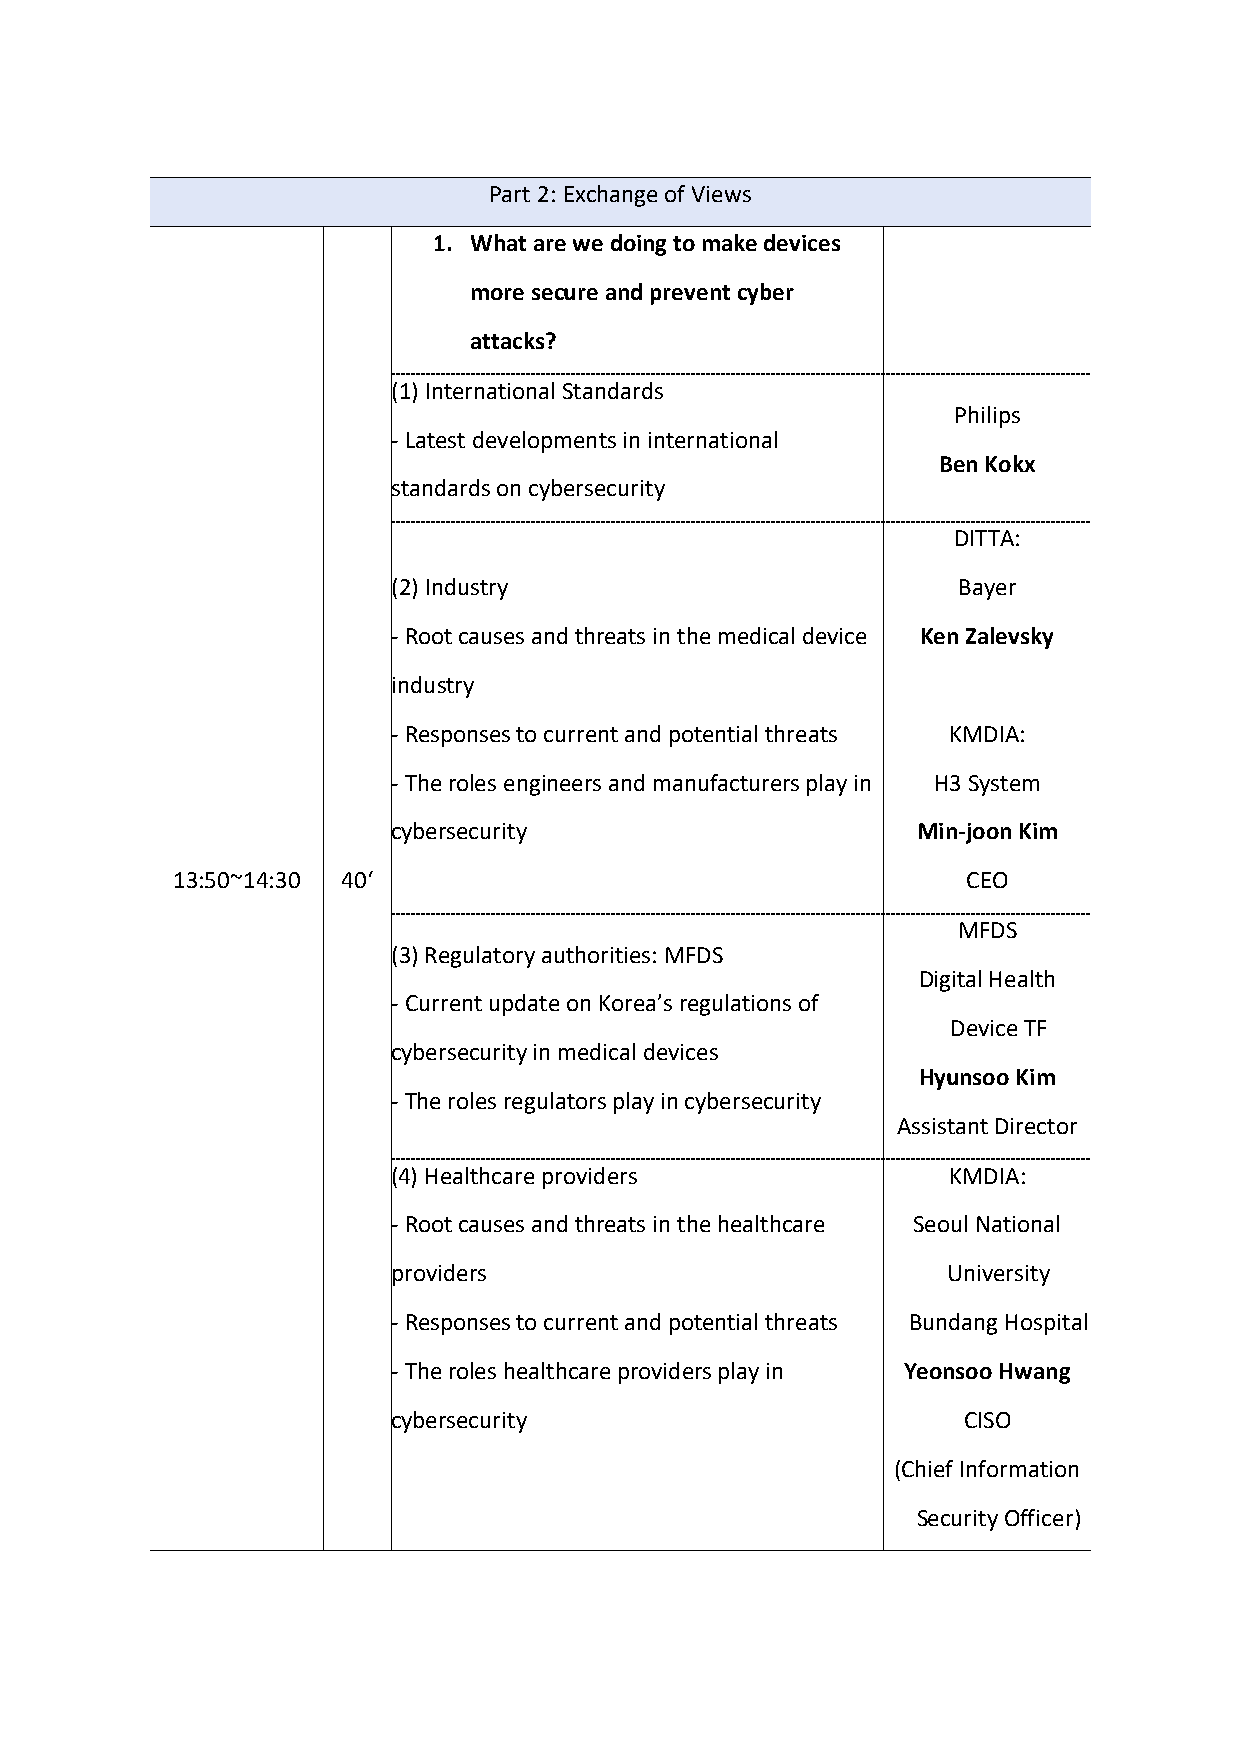
Part 2: Exchange of Views
 1. What are we doing to make devices
 more secure and prevent cyber
 attacks?
 (1) International Standards
 Philips
 - Latest developments in international
 Ben Kokx
 standards on cybersecurity
 DITTA:
 (2) Industry                         Bayer
 - Root causes and threats in the medical device Ken Zalevsky
 industry
 - Responses to current and potential threats KMDIA:
 - The roles engineers and manufacturers play in H3 System
 cybersecurity                      Min-joon Kim
 13:50~14:30 40‘                                      CEO
 MFDS
 (3) Regulatory authorities: MFDS
 Digital Health
 - Current update on Korea’s regulations of
 Device TF
 cybersecurity in medical devices
 Hyunsoo Kim
 - The roles regulators play in cybersecurity
 Assistant Director
 (4) Healthcare providers             KMDIA:
 - Root causes and threats in the healthcare Seoul National
 providers                            University
 - Responses to current and potential threats Bundang Hospital
 - The roles healthcare providers play in Yeonsoo Hwang
 cybersecurity                         CISO
 (Chief Information
 Security Officer)